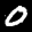
Label: 0